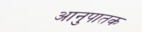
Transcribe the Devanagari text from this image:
आनुपातक